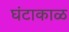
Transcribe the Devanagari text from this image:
घंटाकाळ